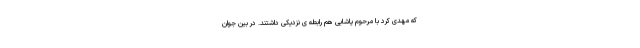
که مهدی کرد با مرحوم پاشایی هم رابطه ی نزدیکی داشتند. در بین جوان